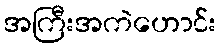
အကြီးအကဲဟောင်း